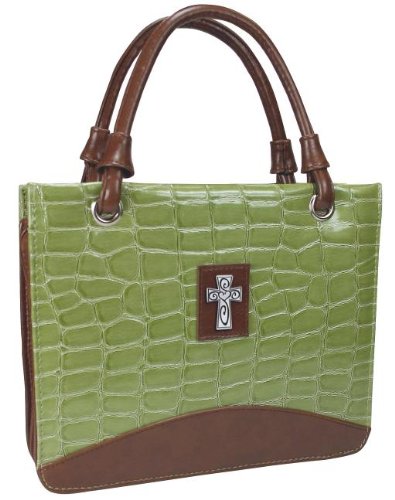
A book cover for Purse with Silver Cross Crock Embossed Medium Green Bible Cover; Christian Books & Bibles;